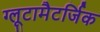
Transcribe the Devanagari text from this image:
ग्लूटामैटर्जिक